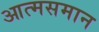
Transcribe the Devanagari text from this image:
आत्मसमान